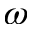
\omega